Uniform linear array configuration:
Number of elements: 12
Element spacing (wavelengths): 0.5
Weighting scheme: binomial
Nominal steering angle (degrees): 15
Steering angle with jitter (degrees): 16.422
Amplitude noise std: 0.05
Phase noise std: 0.05

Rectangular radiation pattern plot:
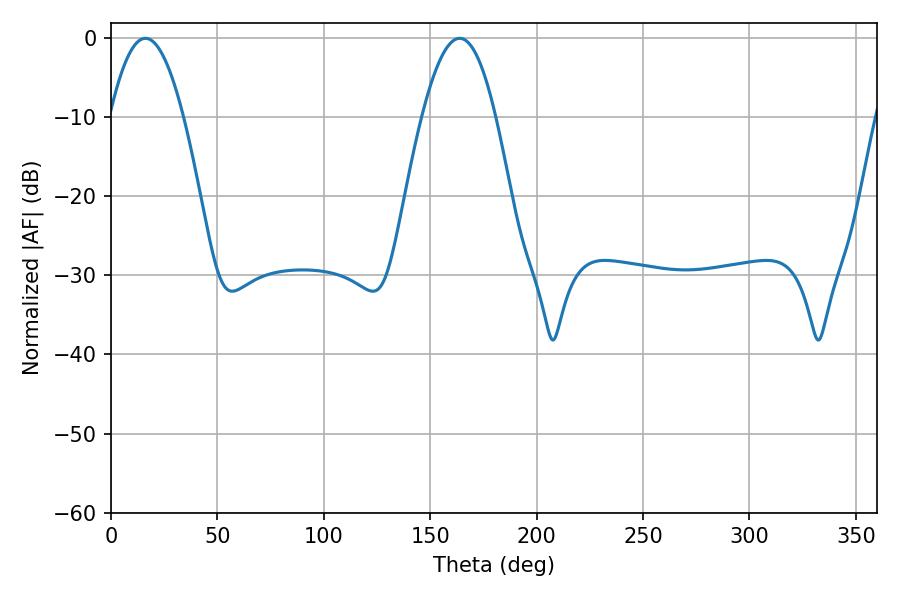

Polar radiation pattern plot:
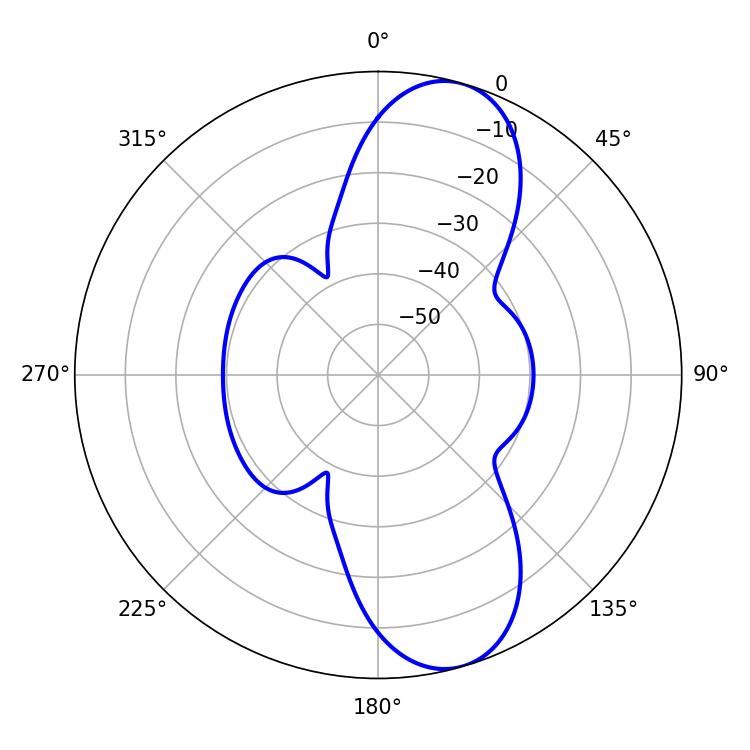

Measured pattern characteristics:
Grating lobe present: FALSE
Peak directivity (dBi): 10.032
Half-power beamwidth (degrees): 18.9
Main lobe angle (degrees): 16.2